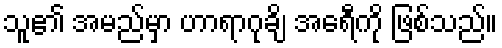
သူ၏ အမည်မှာ ဟာရာဂုချိ အေရီကို ဖြစ်သည်။